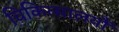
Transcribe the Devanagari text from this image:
चिकित्सालयौं